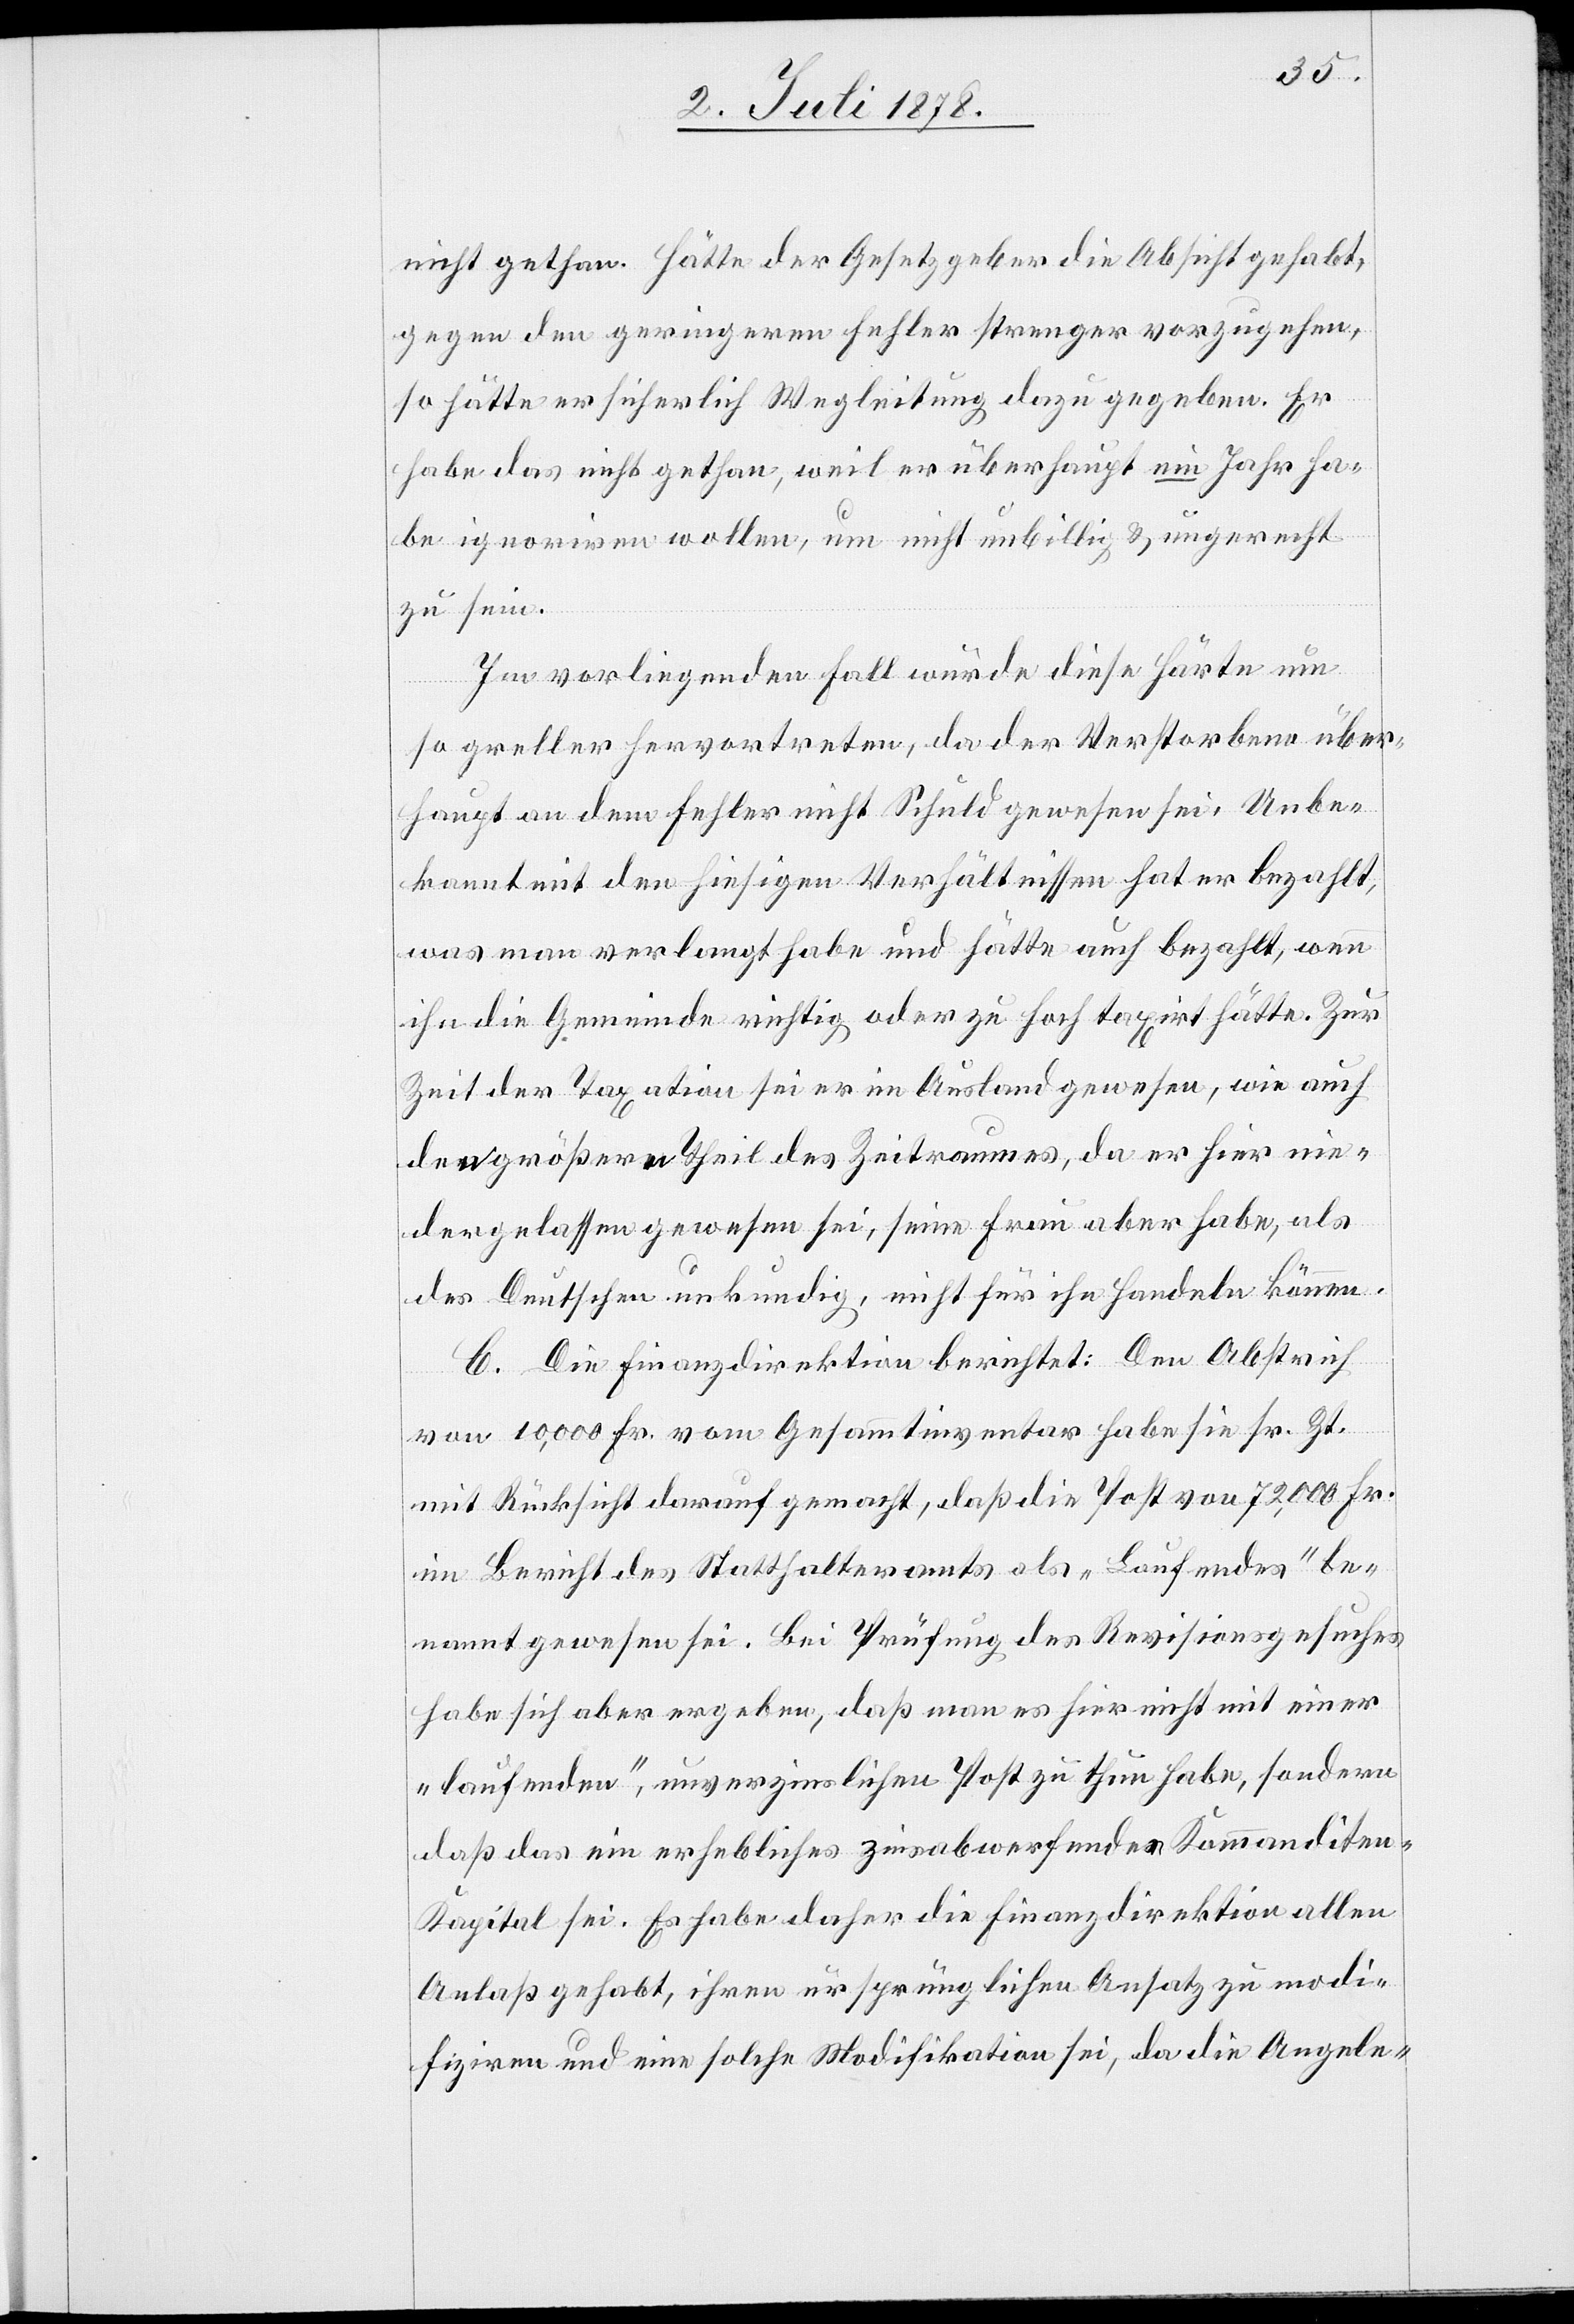
nicht gethan. Hätte der Gesetzgeber die Absicht gehabt,
gegen den geringern Fehler strenger vorzugehen,
so hätte er sicherlich Wegleitung dazu gegeben. Er
habe das nicht gethan, weil er überhaupt ein Jahr ha¬
be ignoriren wollen, um nicht unbillig & ungerecht
zu sein.
Im vorliegenden Fall würde diese Härte um
so greller hervortreten, da der Verstorbene über¬
haupt an dem Fehler nicht Schuld gewesen sei. Unbe¬
kannt mit den hiesigen Verhältnissen hat er bezahlt,
was man verlangt habe und hätte auch bezahlt, wenn
ihn die Gemeinde richtig oder zu hoch taxirt hätte. Zur
Zeit der Taxation sei er im Ausland gewesen, wie auch
den größern Theil des Zeitraumes, da er hier nie¬
dergelassen gewesen sei, seine Frau aber habe, als
des Deutschen unkundig, nicht für ihn Handeln können.
C. Die Finanzdirektion berichtet: Den Abstrich
von 10,000 Fr. vom Gesammtinventar habe sie sr. Zt.
mit Rücksicht darauf gemacht, daß die Post von 72,000 Fr.
im Bericht des Statthalteramts als „Laufendes“ be¬
nannt gewesen sei. Bei Prüfung des Revisionsgesuches
habe sich aber ergeben, daß man es hier nicht mit einer
„laufenden“, unverzinslichen Post zu thun habe, sondern
daß das ein erhebliches zinsabwerfendes Kommandite-K¬
apital sei. Es habe daher die Finanzdirektion allen
Anlaß gehabt, ihren ursprünglichen Ansatz zu modi¬
fiziren und eine solche Modifikation sei, da die Angele-